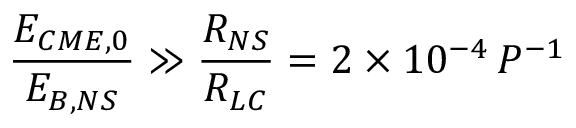
\frac { E _ { C M E , 0 } } { E _ { B , N S } } \gg \frac { R _ { N S } } { R _ { L C } } = 2 \times 1 0 ^ { - 4 } \, P ^ { - 1 }